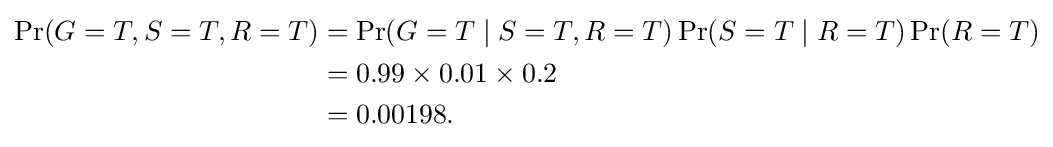
{\begin{aligned}\Pr(G=T,S=T,R=T)&=\Pr(G=T\mid S=T,R=T)\Pr(S=T\mid R=T)\Pr(R=T)\\&=0.99\times 0.01\times 0.2\\&=0.00198.\end{aligned}}